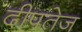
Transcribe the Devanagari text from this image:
दीपतेज